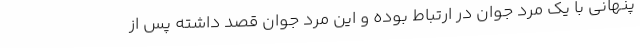
پنهانی با یک مرد جوان در ارتباط بوده و این مرد جوان قصد داشته پس از